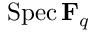
\operatorname { S p e c } \mathbf { F } _ { q }